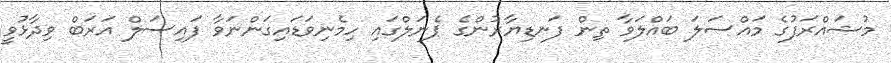
މުޝައްރަފުގެ މައްސަލަ ބައްލަވާ ތިން ފަނޑިޔާރުންގެ ޕެނަލްގައި ހިމެނިވަޑައިގަންނަވާ ފައިސަލް އަރަބް ވިދާޅުވީ